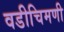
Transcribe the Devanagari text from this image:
वडीचिमणी